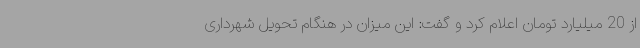
از 20 میلیارد تومان اعلام کرد و گفت: این میزان در هنگام تحویل شهرداری